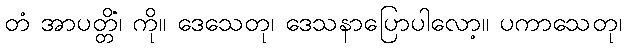
တံ အာပတ္တိံ၊ ကို။ ဒေသေတု၊ ဒေသနာပြောပါလော့။ ပကာသေတု၊